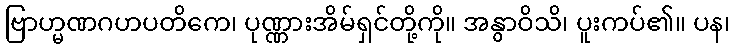
ဗြာဟ္မဏဂဟပတိကေ၊ ပုဏ္ဏားအိမ်ရှင်တို့ကို။ အနွာဝိသိ၊ ပူးကပ်၏။ ပန၊